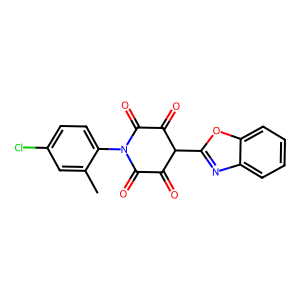
SMILES: Cc1cc(Cl)ccc1N1C(=O)C(=O)C(c2nc3ccccc3o2)C(=O)C1=O
Inhibits HIV replication: No